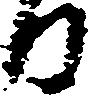
る